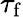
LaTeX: \tau_{\mathrm{f}}